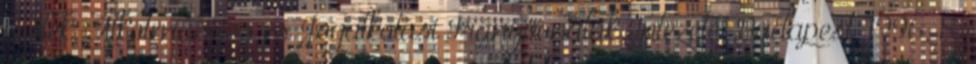
esetek, Alkotmányos és Jogalkotási Irányvonalak Intézete, Budapest, 1996, 8.